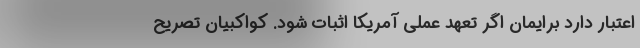
اعتبار دارد برایمان اگر تعهد عملی آمریکا اثبات شود. کواکبیان تصریح